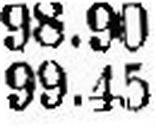
99.45